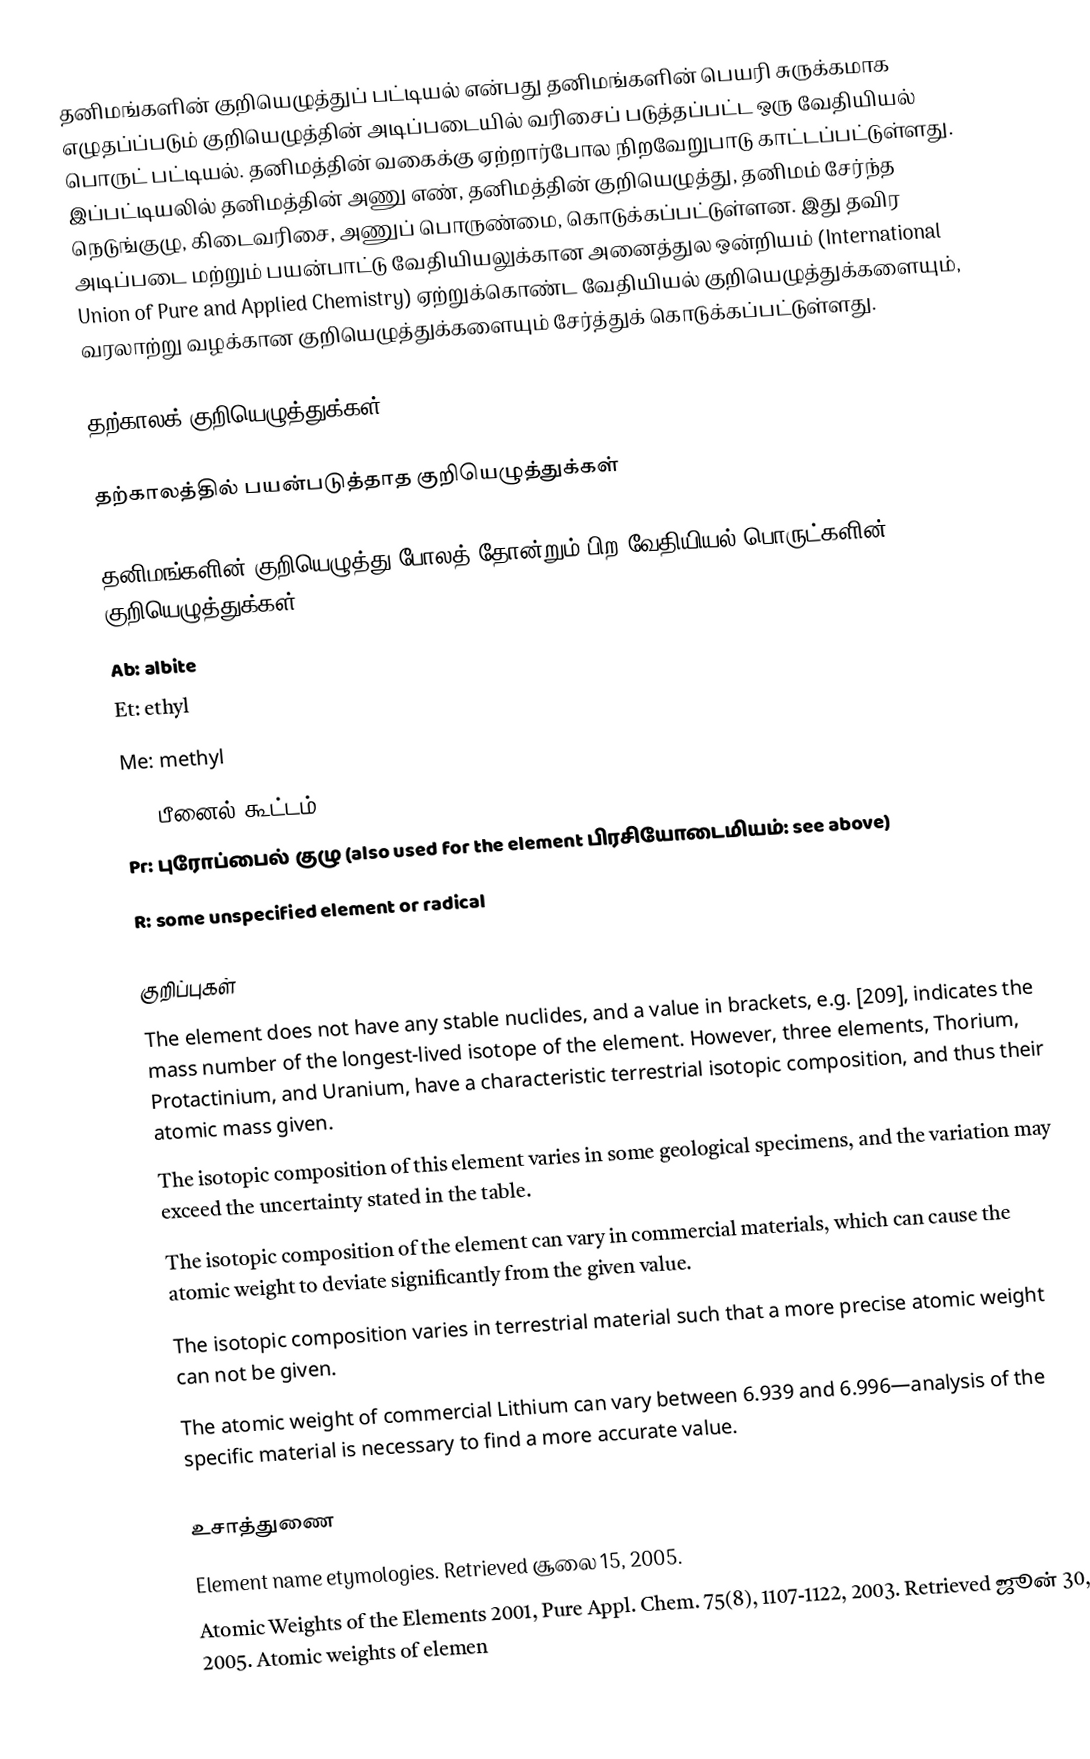
தனிமங்களின் குறியெழுத்துப் பட்டியல் என்பது தனிமங்களின் பெயரி சுருக்கமாக எழுதப்ப்படும் குறியெழுத்தின் அடிப்படையில் வரிசைப் படுத்தப்பட்ட ஒரு வேதியியல் பொருட் பட்டியல். தனிமத்தின் வகைக்கு ஏற்றார்போல நிறவேறுபாடு காட்டப்பட்டுள்ளது. இப்பட்டியலில் தனிமத்தின் அணு எண், தனிமத்தின் குறியெழுத்து, தனிமம் சேர்ந்த நெடுங்குழு, கிடைவரிசை, அணுப் பொருண்மை, கொடுக்கப்பட்டுள்ளன. இது தவிர அடிப்படை மற்றும் பயன்பாட்டு வேதியியலுக்கான அனைத்துல ஒன்றியம் (International Union of Pure and Applied Chemistry) ஏற்றுக்கொண்ட வேதியியல் குறியெழுத்துக்களையும், வரலாற்று வழக்கான குறியெழுத்துக்களையும் சேர்த்துக் கொடுக்கப்பட்டுள்ளது.

தற்காலக் குறியெழுத்துக்கள்

தற்காலத்தில் பயன்படுத்தாத குறியெழுத்துக்கள்

தனிமங்களின் குறியெழுத்து போலத் தோன்றும் பிற வேதியியல் பொருட்களின் குறியெழுத்துக்கள்
Ab: albite
Et: ethyl
Me: methyl
Ph: பீனைல் கூட்டம்
Pr: புரோப்பைல் குழு (also used for the element பிரசியோடைமியம்: see above)
R: some unspecified element or radical

குறிப்புகள்
 The element does not have any stable nuclides, and a value in brackets, e.g. [209], indicates the mass number of the longest-lived isotope of the element. However, three elements, Thorium, Protactinium, and Uranium, have a characteristic terrestrial isotopic composition, and thus their atomic mass given.
 The isotopic composition of this element varies in some geological specimens, and the variation may exceed the uncertainty stated in the table.
 The isotopic composition of the element can vary in commercial materials, which can cause the atomic weight to deviate significantly from the given value.
 The isotopic composition varies in terrestrial material such that a more precise atomic weight can not be given.
 The atomic weight of commercial Lithium can vary between 6.939 and 6.996—analysis of the specific material is necessary to find a more accurate value.

உசாத்துணை
Element name etymologies. Retrieved சூலை 15, 2005.
Atomic Weights of the Elements 2001, Pure Appl. Chem. 75(8), 1107-1122, 2003. Retrieved ஜூன் 30, 2005.  Atomic weights of elemen